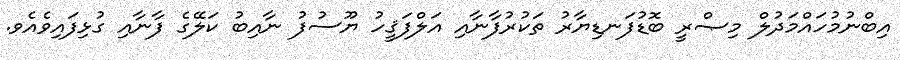
އިބްނުމުހައްމަދުލް މިޞްރީ ބޮޑުފަނޑިޔާރު ތަކުރުފާނާއި އަލްފަޤީހު ޔޫސުފު ނާއިބު ކަލޭގެ ފާނާއި ގުޅިފައިވެއެވ.